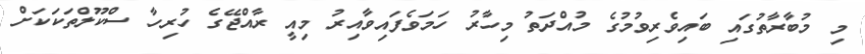
މި މުބާރާތުގައި ބައިވެރިވުމުގެ މުއްދަތު މިހާރު ހަމަވެފައިވާއިރު މިއީ ރާއްޖޭގެ ހުރިހާ ސްކޫލްތަކަކަށް